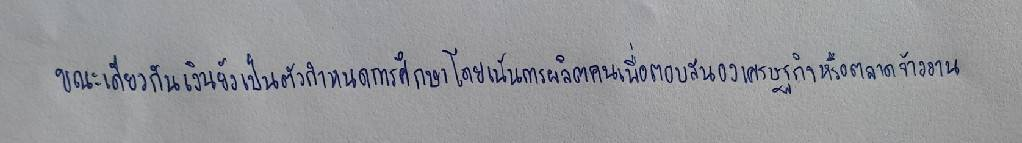
ขณะเดียวกันเงินยังเป็นตัวกำหนดการศึกษาโดยเน้นการผลิตคนเพื่อตอบสนองเศรษฐกิจหรือตลาดจ้างงาน